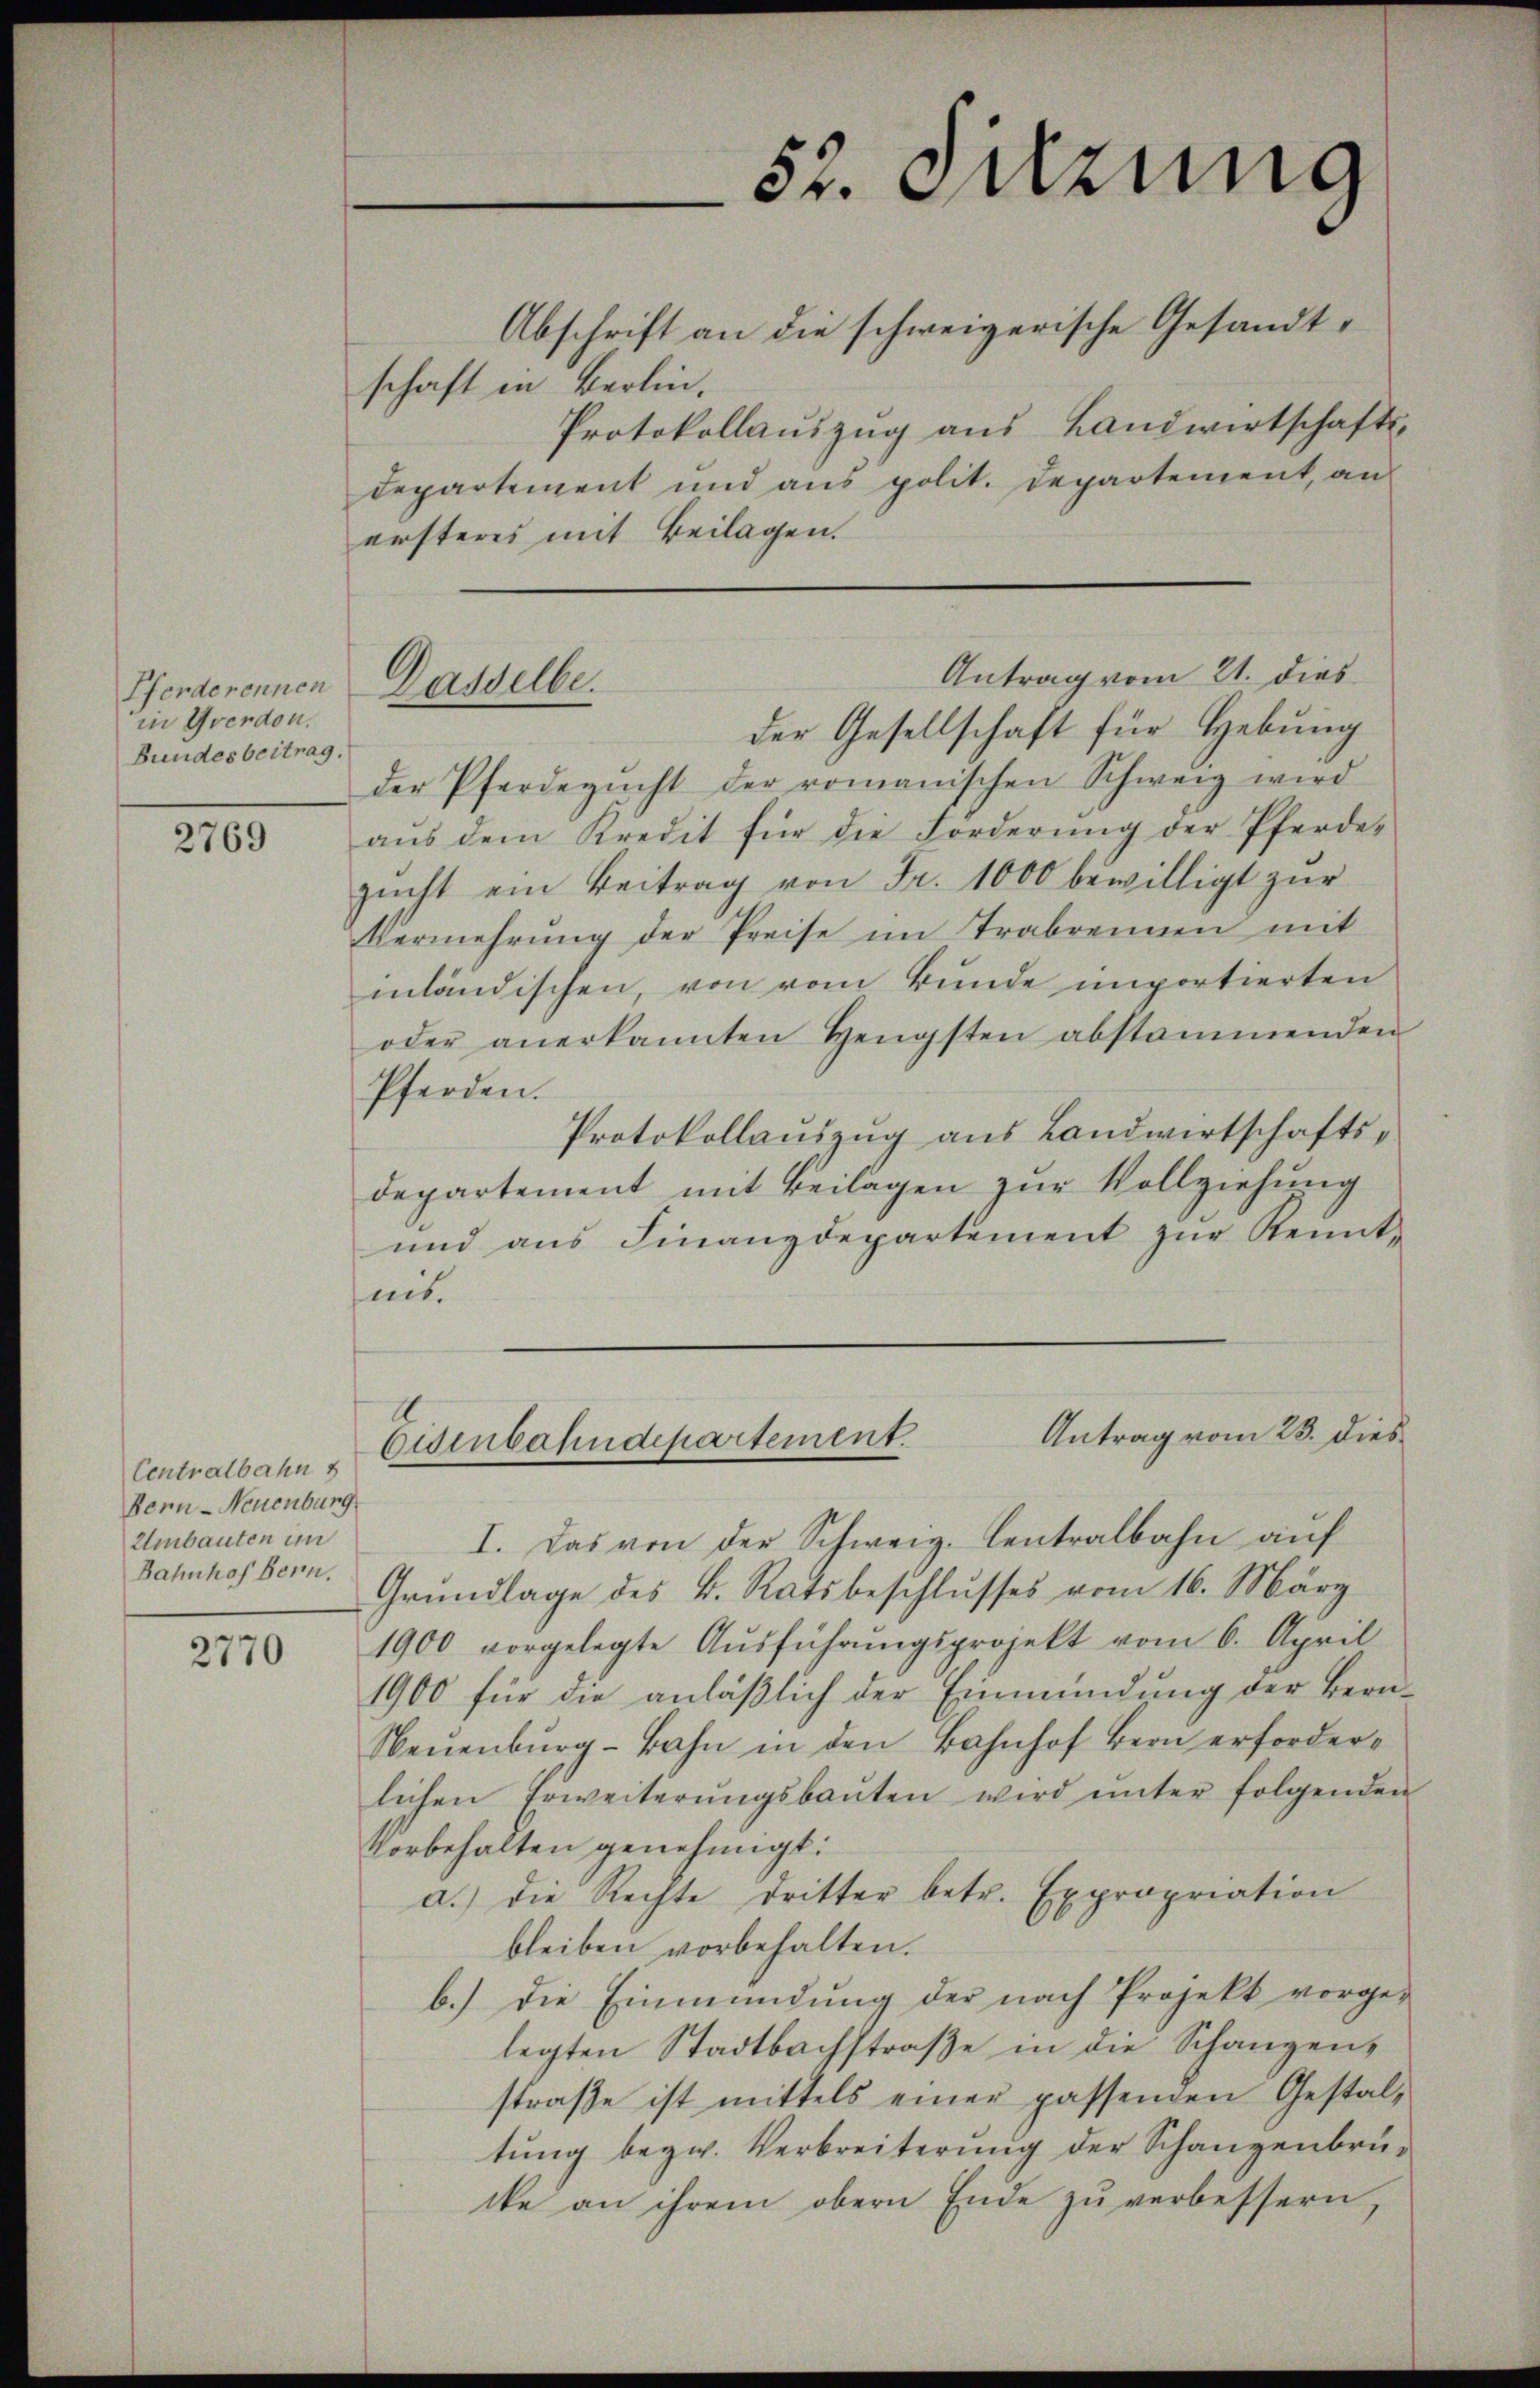
Pferderennen
in Yverdon.
Bundesbeitrag.

2769

Centralbahn
Bern-Neuenburg
Umbauten im
Bahnhof Bern.

2770

Abschrift an die schweizerische Gesandtschaft in Berlin,
Protokollaŭszŭg aŭs Landwirtschafts-
departement und aus polit. Departement, an
ersteres mit Beilagen.
Antrag vom 21. dies
der Gesellschaft für Hebung
der Pferdezucht der romanischen Schweiz wird
aŭs dem Kredit für die Forderŭng der Pferde-
zucht ein Beitrag von Fr. 1000 bewilligt zur
Vermehrung der Preise im Trabrennen mit
inländischen, von vom Bunde importierten
oder anerkannten Hengsten abstammenden
Pferden.
Protokollaŭszŭg aŭs Landwirtschafts-
departement mit Beilagen zur Vollziehung
und aŭs Finanzdepartement zŭr Kennt-
heit.
Antrag vom 23. dies
Eisenbahndepartement.
I. Das von der Schweiz. Centralbahn auf
Grundlage des B. Ratsbeschlusses vom 16. März
1900 vorgelegte Aŭsführŭngsprojekt vom 6. April
1900 für die anläßlich der Einmündung der Bern¬
Neŭenbŭrg-Bahn in den Bahnhof Bern erforderlichen Erweiterŭngsbaŭten wird ŭnter folgenden
Vorbehalten genehmigt.
a.) die Rechte dritter betr. Expropriation
bleiben vorbehalten.
b.) die Einmündung der nach Projekt vorge-
legten Stadtbachstraße in die Schanzenstraße ist mittels einer passenden Gestaltŭng bezw. Verbreiterŭng der Schanzenbrü-
cke an ihrem obern Ende zŭ verbessern,

Dasselbe.

52. Setzung